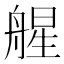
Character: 𦩠